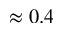
\approx 0 . 4